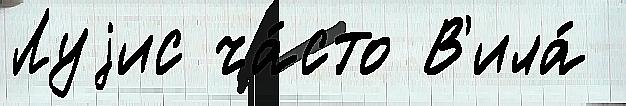
Луjис ча́сто В'ила́